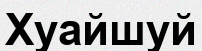
Хуайшуй